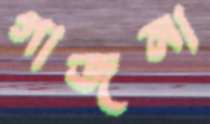
গাজনা